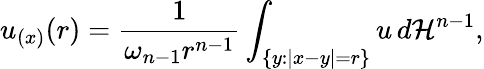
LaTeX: u_{(x)}(r)={\frac{1}{\omega_{n-1}r^{n-1}}}\int_{\{ y:|x-y|=r\} }u\, d{\mathcal{H}}^{n-1},